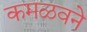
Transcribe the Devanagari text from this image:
कमळवने